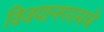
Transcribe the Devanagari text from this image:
विजयानगरमचे